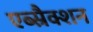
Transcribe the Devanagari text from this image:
एब्स्रैक्शन